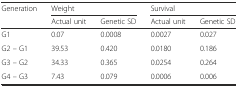
<table><thead><tr><td><b>Generation</b></td><td colspan="2"><b>Weight</b></td><td colspan="2"><b>Survival</b></td></tr><tr><td></td><td><b>Actual unit</b></td><td><b>Genetic SD</b></td><td><b>Actual unit</b></td><td><b>Genetic SD</b></td></tr></thead><tbody><tr><td>G1</td><td>0.07</td><td>0.0008</td><td>0.0027</td><td>0.027</td></tr><tr><td>G2 – G1</td><td>39.53</td><td>0.420</td><td>0.0180</td><td>0.186</td></tr><tr><td>G3 – G2</td><td>34.33</td><td>0.365</td><td>0.0254</td><td>0.264</td></tr><tr><td>G4 – G3</td><td>7.43</td><td>0.079</td><td>0.0006</td><td>0.006</td></tr></tbody></table>